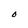
Character: 0